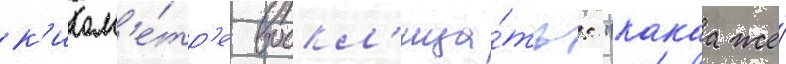
к'илом'е́тр'е воскл'ица́ть: "какаа же́